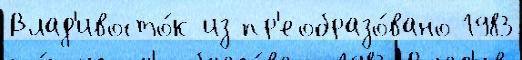
Влад'ивосто́к из пр'еобразо́вано 1983